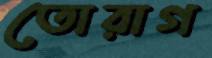
তোরাগ